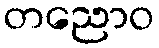
တညောဝ